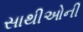
સાથીઓની